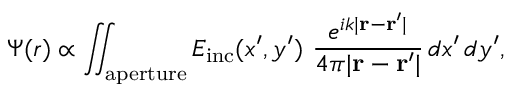
\Psi ( r ) \propto \iint _ { \mathrm { a p e r t u r e } } E _ { \mathrm { i n c } } ( x ^ { \prime } , y ^ { \prime } ) ~ { \frac { e ^ { i k | \mathbf { r } - \mathbf { r } ^ { \prime } | } } { 4 \pi | \mathbf { r } - \mathbf { r } ^ { \prime } | } } \, d x ^ { \prime } \, d y ^ { \prime } ,